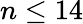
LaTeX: n\leq 14